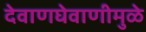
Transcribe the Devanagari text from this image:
देवाणघेवाणीमुळे